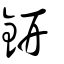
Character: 鈃